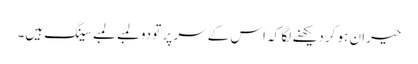
حیران ہو کر دیکھنے لگا کہ اس کے سر پر تو دو لمبے لمبے سینگ ہیں۔